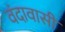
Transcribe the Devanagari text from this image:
वंदावासी